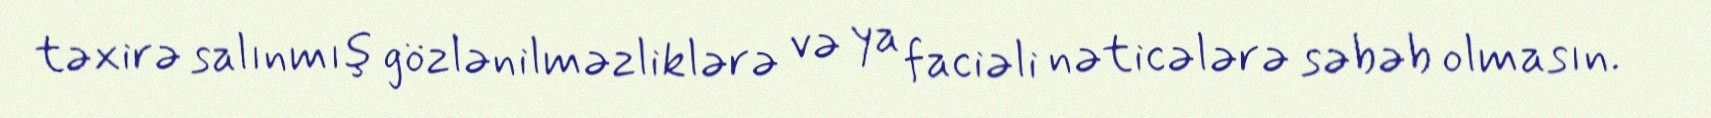
təxirə salınmış gözlənilməzliklərə və ya faciəli nəticələrə səbəb olmasın.